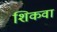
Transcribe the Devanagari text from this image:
शिकवा